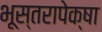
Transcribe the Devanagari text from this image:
भूस्तरापेक्षा